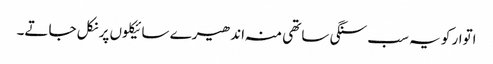
اتوار کو یہ سب سنگی ساتھی منہ اندھیرے سائیکلوں پر نکل جاتے۔